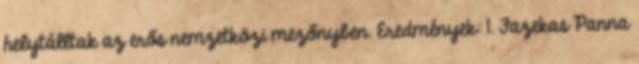
helytálltak az erős nemzetközi mezőnyben. Eredmények: 1. Fazekas Panna